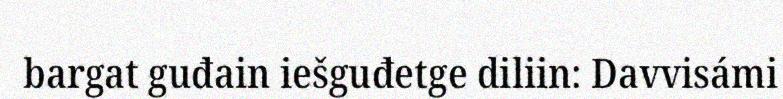
bargat guđain iešguđetge diliin: Davvisámi